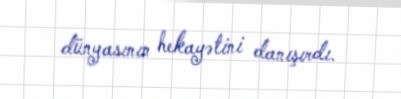
dünyasının hekayətini danışırdı.